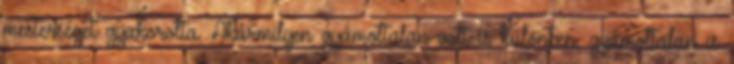
mesterséget gyakorolta. Akármilyen gyámoltalan volt is különben, gyámoltalan is